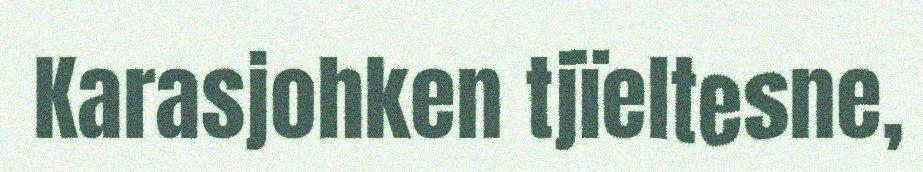
Karasjohken tjïeltesne,